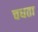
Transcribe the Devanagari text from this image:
चधता